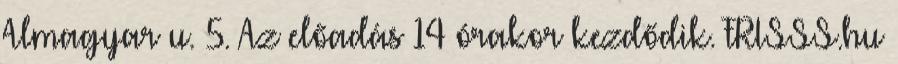
Almagyar u. 5. Az előadás 14 órakor kezdődik. FRISSS.hu